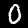
Digit: 0